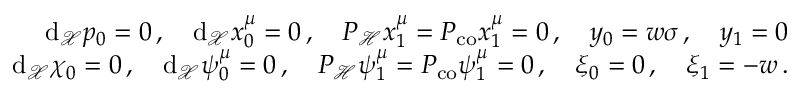
\begin{array} { r } { \mathrm { d } _ { \mathcal { X } } p _ { 0 } = 0 \, , \quad \mathrm { d } _ { \mathcal { X } } x _ { 0 } ^ { \mu } = 0 \, , \quad P _ { \mathcal H } x _ { 1 } ^ { \mu } = P _ { \mathrm { c o } } x _ { 1 } ^ { \mu } = 0 \, , \quad y _ { 0 } = w \sigma \, , \quad y _ { 1 } = 0 } \\ { \mathrm { d } _ { \mathcal { X } } \chi _ { 0 } = 0 \, , \quad \mathrm { d } _ { \mathcal { X } } \psi _ { 0 } ^ { \mu } = 0 \, , \quad P _ { \mathcal H } \psi _ { 1 } ^ { \mu } = P _ { \mathrm { c o } } \psi _ { 1 } ^ { \mu } = 0 \, , \quad \xi _ { 0 } = 0 \, , \quad \xi _ { 1 } = - w \, . } \end{array}